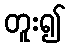
တူး၍